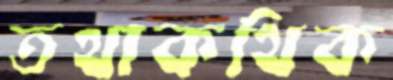
তথাকথিক